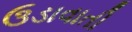
ઉડાવાતી